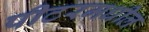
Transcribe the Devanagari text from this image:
पीटरमधील